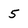
Character: 5